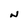
Character: N